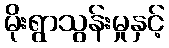
မိုးရွာသွန်းမှုနှင့်